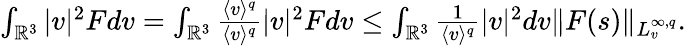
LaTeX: \begin{array}{r}{\int_{\mathbb{R}^{3}}|v|^{2}Fdv=\int_{\mathbb{R}^{3}}\frac{\langle v\rangle^{q}}{\langle v\rangle^{q}}|v|^{2}Fdv\leq\int_{\mathbb{R}^{3}}\frac{1}{\langle v\rangle^{q}}|v|^{2}dv\| F(s)\| _{L_{v}^{\infty,q}}.}\end{array}